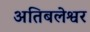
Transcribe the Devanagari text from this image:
अतिबलेश्वर